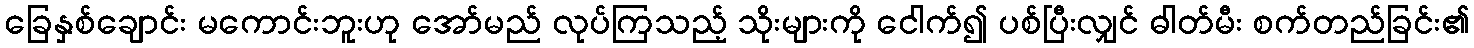
ခြေနှစ်ချောင်း မကောင်းဘူးဟု အော်မည် လုပ်ကြသည့် သိုးများကို ငေါက်၍ ပစ်ပြီးလျှင် ဓါတ်မီး စက်တည်ခြင်း၏